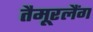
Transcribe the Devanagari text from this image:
तैमूरलैंग